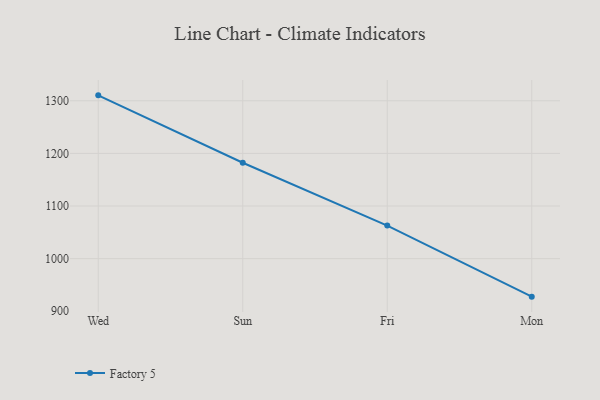
{"axis": {"x": "Day", "y": "Customer Acquisition Cost (USD)"}, "legend": ["Factory 5"], "data": [{"x": "Wed", "y": 1310.3, "type": "Factory 5"}, {"x": "Sun", "y": 1182.2, "type": "Factory 5"}, {"x": "Fri", "y": 1062.8, "type": "Factory 5"}, {"x": "Mon", "y": 927.8, "type": "Factory 5"}]}